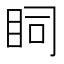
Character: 𥄶